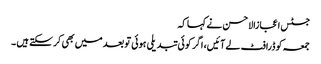
جسٹس اعجازالاحسن نے کہا کہ
جمعہ کو ڈرافٹ لے آئیں، اگر کوئی تبدیلی ہوئی تو بعد میں بھی کر سکتے ہیں ۔